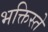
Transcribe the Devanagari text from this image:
भक्तिस्ते